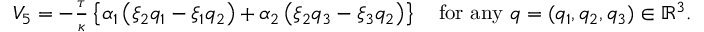
\begin{array} { r } { V _ { 5 } = - \frac { \tau } { \kappa } \left\lbrace \alpha _ { 1 } \left( \xi _ { 2 } q _ { 1 } - \xi _ { 1 } q _ { 2 } \right) + \alpha _ { 2 } \left( \xi _ { 2 } q _ { 3 } - \xi _ { 3 } q _ { 2 } \right) \right\rbrace \quad \mathrm { f o r ~ a n y } ~ q = ( q _ { 1 } , q _ { 2 } , q _ { 3 } ) \in \mathbb { R } ^ { 3 } . } \end{array}